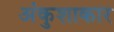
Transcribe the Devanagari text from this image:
अंकुशाकार